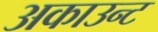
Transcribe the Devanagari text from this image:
अकाउन्ट